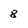
Character: 8